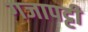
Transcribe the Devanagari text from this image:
गजापट्टी